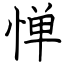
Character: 惮